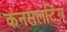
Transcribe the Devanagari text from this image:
कनसलटिंग